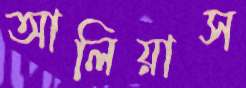
আলিয়াস